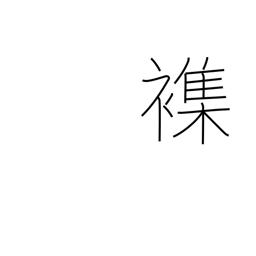
Meaning: mingle